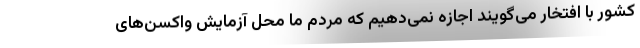
کشور با افتخار می‌گویند اجازه نمی‌دهیم که مردم ما محل آزمایش واکسن‌های